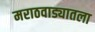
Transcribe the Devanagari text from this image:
मराठवाड्यातला